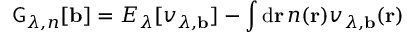
\mathsf { G } _ { \lambda , n } [ \mathbf { b } ] = E _ { \lambda } [ v _ { \lambda , \mathbf { b } } ] - \int \mathrm { d } \mathbf { r } \, n ( \mathbf { r } ) v _ { \lambda , \mathbf { b } } ( \mathbf { r } )